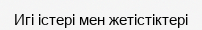
Игі істері мен жетістіктері